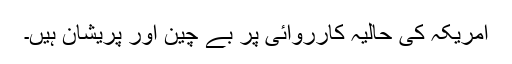
امریکہ کی حالیہ کارروائی پر بے چین اور پریشان ہیں۔